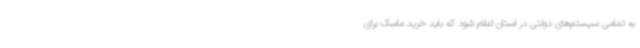
به تمامی سیستم‌های دولتی در استان اعلام شود که باید خرید ماسک برای